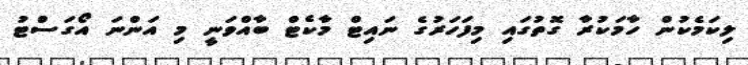
ލިކަމެކުން ހާމަކުރާ ގޮތުގައި މިފަހަރުގެ ނައިޓް މާކެޓް ބާއްވަނީ މި އަންނަ އޯގަސްޓު